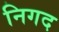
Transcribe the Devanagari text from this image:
निगद